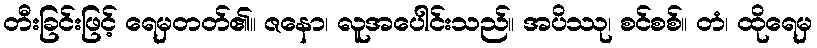
တီးခြင်းဖြင့် ရေမှတတ်၏။ ဇနော၊ လူအပေါင်းသည်။ အပိဿု၊ စင်စစ်။ တံ၊ ထိုရေမှ